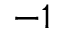
^ { - 1 }